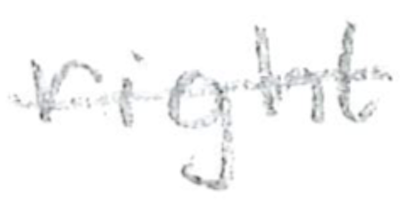
Text: right
Cross-out: single-line
Writing tool: pencil